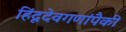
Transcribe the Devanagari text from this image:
हिंदूदेवगणांपैकी